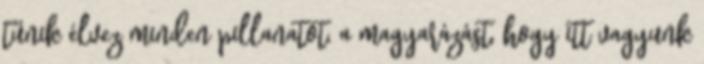
tűnik élvez minden pillanatot, a magyarázást, hogy itt vagyunk